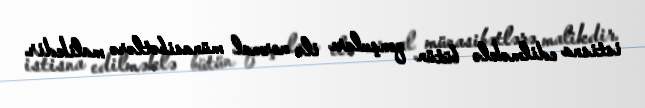
istisna edilməklə bütün qonşuları ilə normal münasibətlərə malikdir.